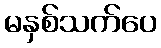
မနှစ်သက်ပေ